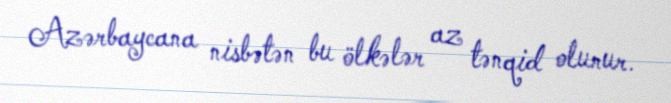
Azərbaycana nisbətən bu ölkələr az tənqid olunur.